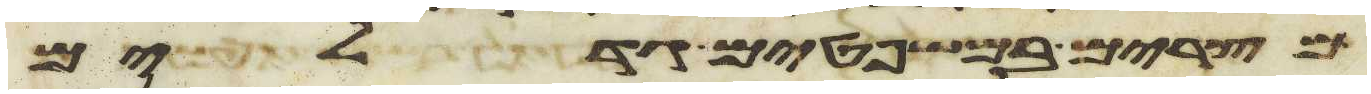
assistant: מצרים במשפטים גדלים